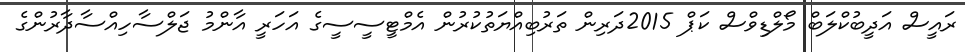
ރައީސް އަދީބުކްލަބް މޯލްޑިވްސް ކަޕް 2015ދަރިން ތަރުބިއްޔަތުކުރުން އެމްޓީސީސީގެ އަހަރީ އާންމު ޖަލްސާހިއްސާދާރުންގެ